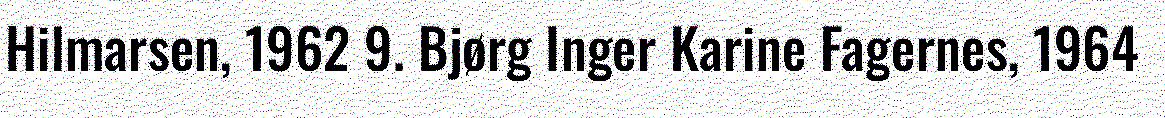
Hilmarsen, 1962 9. Bjørg Inger Karine Fagernes, 1964